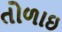
તોળાઇ